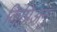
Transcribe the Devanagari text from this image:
किप्रिअनु